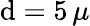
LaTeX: \mathrm{d}=5\, \mu